Calcutta medical institutions reports 1879-81 [i.e.91]
Year: 1879
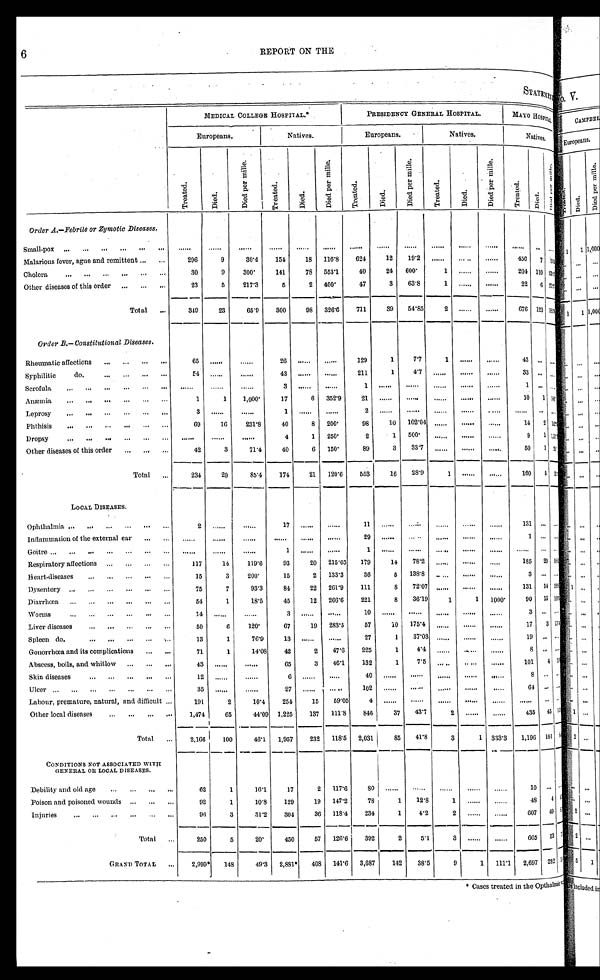
6 REPORT ON THE
S T A T E M E N T
MEDICAL COLLEGE HOSPITAL.
PRESIDENCY GENERAL HOSPITAL.
MAYO HOSPITAL.
Europeans.
Natives.
Europeans.
Natives.
Natives.
Tr e a t e d.
Di ed.
D i e d p e r m i l l e .
Tr eat ed.
Died.
D i e d p e r mi l l e .
T r e a t e d .
Di ed.
D i e d p e r m i l l e .
Tr e a t e d.
Died.
D i e d p e r mi l l e .
T r e a t e d . Died.
D i e d p e r m i l l e .
Order A.―Febrile or Zynotic Diseases.
Small-pox
. . .
. . .
. . .
. . .
. . .
. . .
. . .
. . .
. . .
. . .
. . .
. . .
. . . . . .
. . .
Malarious fever, ague and remittent
2 9 6
9
3 0 . 4
1 5 4
1 8
1 1 6 . 8
6 2 4
1 2
1 9 . 2
. . .
. . .
. . .
4 5 0 7
1 5 3
Cholera
3 0
9
3 0 0
1 4 1
7 8
5 5 3 . 1
4 0
2 4
6 0 0
1
. . .
. . .
2 0 4 1 1 0
Other diseases of this order
2 3
5
2 1 4 . 3
5
2
4 0 0
4 7
3
6 3 . 8
1
. . .
. . .
2 2 6
T o t a l
3 4 9
2 3
6 5 . 9
3 0 0
9 8
3 2 6 . 6
7 1 1
3 9
5 4 . 8 5
2
. . .
. . .
6 7 6
1 2 3
Order B.―Constitutuional Diseases.
Rheumatic affections
6 5
. . .
. . .
2 6
. . .
. . .
1 2 9
1
7 . 7
1
. . .
. . .
4 3 . . .
. . .
Syphilitic do.
5 4
. . .
. . .
4 3
. . .
. . .
2 1 1
1
4 . 7
. . .
. . .
. . .
3 3 . . .
. . .
Scrofula
. . .
. . .
. . .
3
. . .
. . .
1
. . .
. . .
. . .
. . .
. . .
1 . . .
. . .
Anæmia
1
1
1 , 0 0 0
1 7
6
3 5 2 . 9
2 1
. . .
. . .
. . .
. . .
. . .
1 0 1
Leprosy
3
. . .
. . .
1
. . .
. . .
2
. . .
. . .
. . .
. . .
. . .
. . . . . .
. . .
Phthisis
6 9
1 6
2 3 1 . 8
4 0
8
2 0 0
9 8
1 0
1 0 2 . 0 4
. . .
. . .
. . .
1 4 2
1 4 2 . 8
Dropsy
. . .
. . .
. . .
4
1
2 5 0
2
1
5 0 0
. . .
. . .
. . .
9 1
Other diseases of this order
4 2
3
7 1 . 4
4 0
6
1 5 0
8 9
3
3 3 . 7
. . .
. . .
. . .
5 0 1
T o t a l
2 3 4
2 0
8 5 . 4
1 7 4
2 1
1 2 0 . 6
5 4 5 3
1 6
2 8 . 9
1
. . .
. . .
1 6 0
5
LOCAL DISEASES.
Ophthalmia
2
. . .
. . .
1 7
. . .
. . .
1 1
. . .
. . .
. . .
. . .
. . .
1 3 1 . . .
. . .
Inflammation of the external ear
. . .
. . .
. . .
. . .
. . .
. . .
2 9
. . .
. . .
. . .
. . .
. . .
1 . . .
. . .
Goitre
. . .
. . .
. . . . . .
1
. . .
. . .
1
. . .
. . .
. . .
. . .
. . .
. . . . . .
. . .
Respiratory affections
1 1 7
1 4
1 1 9 . 6
9 3
2 0
2 1 5 . 0 5
1 7 9
1 4
7 8 . 2
. . .
. . .
. . .
1 8 5 2 0
Heart-diseases
1 5
.
2 0 0
1 5
2
1 3 3 . 3
3 6
5
1 3 8 . 8 . . .
. . .
. . .
3 . . .
. . .
Dysentery
7 5
7
9 3 . 3
8 4
2 2
2 6 1 . 9
1 1 1
8
7 2 . 0 7
. . .
. . .
. . .
1 3 1 1 4
Diarrhœa
5 4
1
1 8 . 5
4 5
1 2
2 6 6 . 6
2 2 1
8
3 6 . 1 9
1
1
1 0 0 0
9 0 1 5
Worms
1 4
. . .
. . .
3
. . .
. . .
1 0
. . .
. . .
. . .
. . .
. . .
3 . . .
. . .
Liver diseases
5 0
6
1 2 0
6 7
1 9
2 8 3 . 5
5 7
1 0
1 7 5 . 4
. . .
. . .
. . .
1 7 3
Spleen do.
1 3
1
7 6 . 9
1 3
. . .
. . .
2 7
1
3 7 . 0 3
. . .
. . .
. . .
1 9 . . .
. . .
Gonorrhœa and its complications
7 1
1
1 4 . 0 8
4 2
2
4 7 . 6
2 2 5
1
4 . 4
. . .
. . .
. . .
8 . . .
. . .
Abscess, boils, and whitlow
4 3
. . .
. . .
6 5
3
4 6 . 1
1 3 2
1
7 . 5
. . .
. . .
. . .
1 0 1 4
Skin diseases
1 2
. . .
. . .
6
. . .
. . .
4 0
. . .
. . .
. . .
. . .
. . .
8 . . .
. . .
Ulcer
3 5
. . .
. . .
2 7
. . .
. . .
1 0 2
. . .
. . .
. . .
. . .
. . .
6 4 . . .
. . .
Labour, premature, natural, and difficult
1 9 1
2
1 0 . 4
2 5 4
1 5
5 9 . 0 5
4
. . .
. . .
. . .
. . .
. . .
. . . . . .
. . .
Other local diseases
1 , 4 7 4
6 5
4 4 . 0 9
1 , 2 2 5
1 3 7
1 1 1 . 8
8 4 6
3 7
4 3 . 7
2
. . .
. . .
4 3 5 4 5
T o t a l
2 , 1 6 6
1 0 0
4 6 . 1
1 , 9 5 7
2 3 2
1 1 8 . 5
2 , 0 8 1
8 5
4 1 . 8
3
1
3 3 3 . 3
1 , 1 9 6
1 0 1
CONDITIONS NOT ASSOCIATED WITH GENERAL OR LOCAL DISEASES.
Debility and old age
6 2
1
1 6 . 1
1 7
2
1 1 7 . 6
8 0
. . .
. . .
. . .
. . .
. . .
1 0 . . . . . .
Poison and poisoned wounds
9 2
1
1 0 . 8
1 2 9
1 9
1 4 7 . 2
7 8
1
1 2 . 8
1
. . .
. . .
4 8 4
Injuries
9 6
3
3 1 . 2
3 0 4
3 6
1 1 8 . 4
2 3 4
1
4 . 2
2
. . .
. . .
6 0 7 4 9
T o t a l
2 5 0
5
2 0
4 5 0
5 7
1 2 6 . 6
3 9 2
2
5 . 1
3
. . .
. . .
6 6 5 5 3
G R A N D T O T A L
2 , 9 9 9 *
1 4 8
4 9 . 3
2 , 8 8 1 *
4 0 8
1 4 1 . 6
3 , 6 8 7
1 4 2
3 8 . 5
9 1
1 1 1 . 1
2 , 6 9 7 2 8 2
*Cases treated in the Opthalmic